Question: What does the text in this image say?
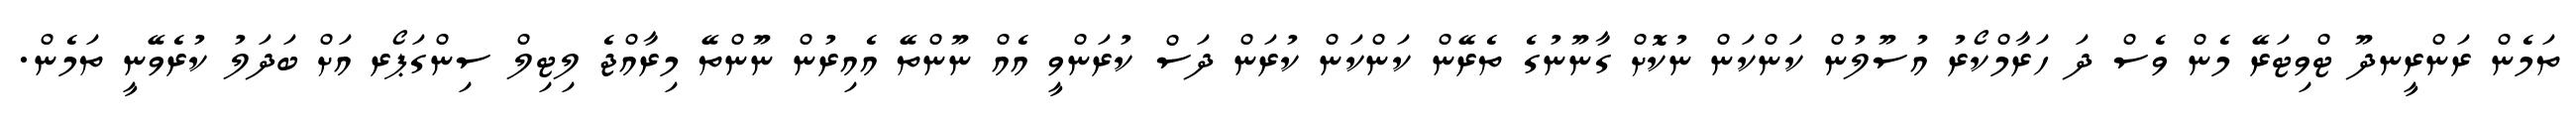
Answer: ތަމެން ރަންރީނދޫ ޓްވިޓަރޭ މެން ވެސް ދަ ހަރާމްކޯރު އުސޫލުން ކަންކަން ނުކޮށް ގާނޫނުގެ ތެރޭން ކަންކަން ކުރަން ދަސް ކުރަންވީ އެއް ނޫންތޭ އެއިރުން ނޫންތޭ މިރާއްޖެ ލިޓިލް ސިންގަޕޯރ އަށް ބަދަލު ކުރެވޭނީ ތަމެން.